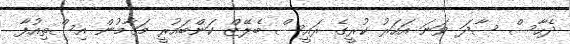
ދެހާސް ސާދަ ވަނަ އަހަރު ކުރީގެ ރައީސް ބެލޭޒް ކަންބައުރީ މަގާމުން އިސްތިއުފާ